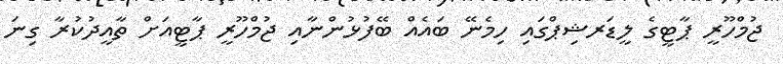
ޖުމްހޫރީ ޕާޓީގެ ލީޑަރޝިޕްގައި ހިމެނޭ ބައެއް ބޭފުޅުންނާއި ޖުމްހޫރީ ޕާޓީއަށް ތާއީދުކުރާ ގިނަ